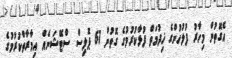
އެގޮތުން މިހާރު ފުލުހުންގެ ޚިދުމަތް ފުޅާކުރުމުގެ ގޮތުން 61 ޕޮލިސް ސްޓޭޝަނެއް އިމާރާތްކުރުމުގެ